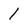
Character: 1